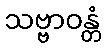
သဗ္ဗာဝန္တံ